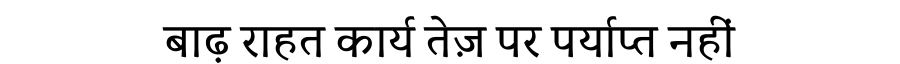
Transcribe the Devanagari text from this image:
बाढ़ राहत कार्य तेज़ पर पर्याप्त नहीं